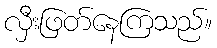
လှီးဖြတ်နေကြသည်။